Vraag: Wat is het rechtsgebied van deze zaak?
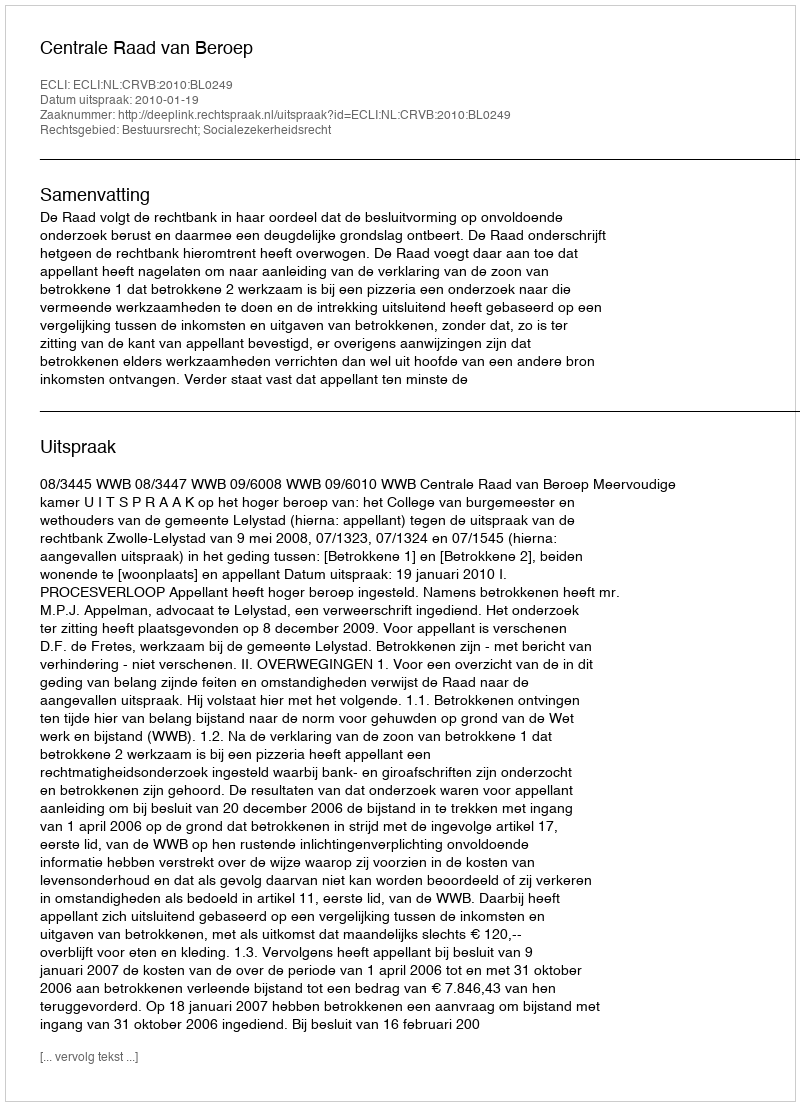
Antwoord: Bestuursrecht; Socialezekerheidsrecht